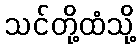
သင်တို့ထံသို့